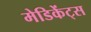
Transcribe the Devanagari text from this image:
मेडिकेंट्स